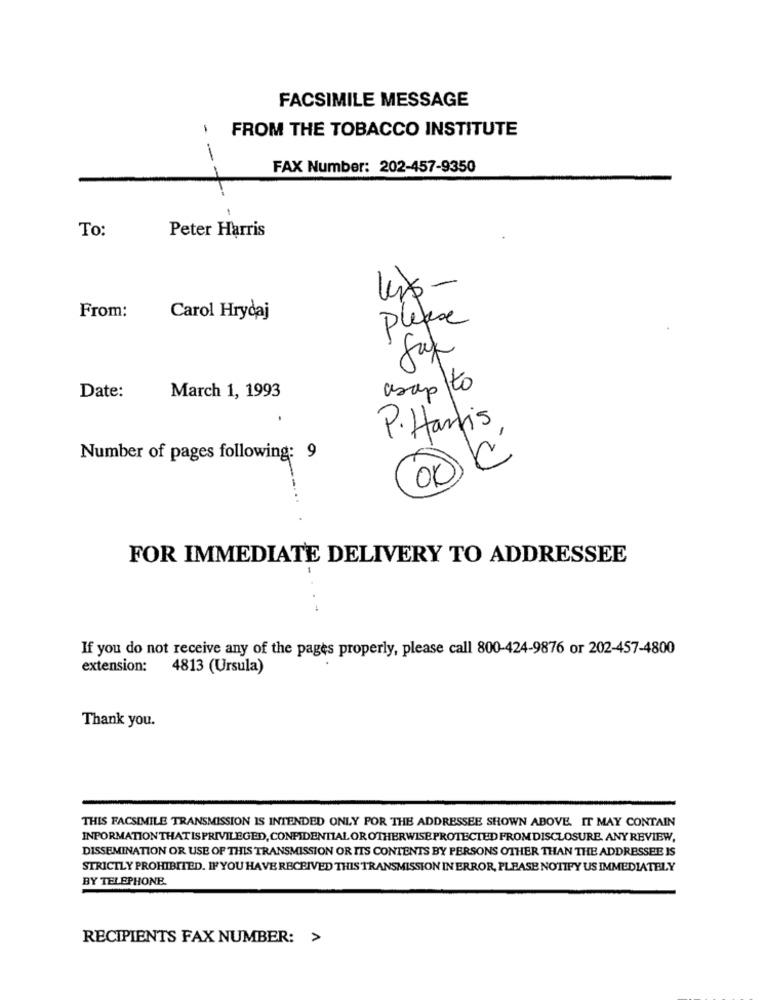
FACSIMILE MESSAGE
-
FROM THE TOBACCO INSTITUTE
-
FAX Number: 202-457-9350
-
-
To:
Peter Harris
us -
From:
Carol Hrydaj
please
asapto
Date:
March 1, 1993
P.Hartis
-2
Number of pages following: 9
FOR IMMEDIATE DELIVERY TO ADDRESSEE
If you do not receive any of the pages properly, please call 800-424-9876 or 202-457-4800
extension: 4813 (Ursula)
Thank you.
THIS FACSIMILE TRANSMISSION IS INTENDED ONLY FOR THE ADDRESSEE SHOWN ABOVE. IT MAY CONTAIN
INFORMATIONTHAT ISPRIVILEGED, CONFIDENTIALOR OTHERWISE PROTECTED FROM DISCLOSURE. ANY REVIEW,
DISSEMINATION OR USE OF THIS TRANSMISSION OR ITS CONTENTS BY PERSONS OTHER THAN THE ADDRESSEE IS
STRICTLY PROHIBITED. IF YOU HAVE RECEIVED THIS TRANSMISSION IN ERROR, PLEASE NOTIFY US IMMEDIATELY
BY TELEPHONE.
RECIPIENTS FAX NUMBER: >